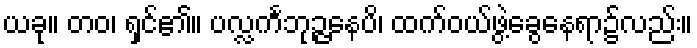
ယခု။ တဝ၊ ရှင်၏။ ပလ္လင်္ကဘုဉ္ဇနေပိ၊ ထက်ဝယ်ဖွဲ့ခွေနေရာ၌လည်း။